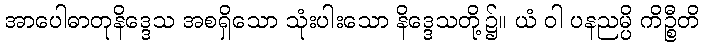
အာပေါဓာတုနိဒ္ဒေသ အစရှိသော သုံးပါးသော နိဒ္ဒေသတို့၌။ ယံ ဝါ ပနညမ္ပိ ကိဉ္စီတိ